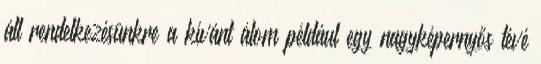
áll rendelkezésünkre a kívánt álom például egy nagyképernyős tévé